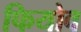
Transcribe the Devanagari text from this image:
फियोव